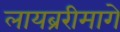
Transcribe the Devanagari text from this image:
लायब्ररीमागे